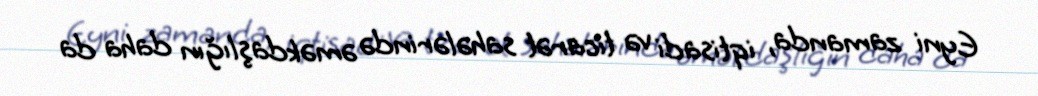
Eyni zamanda, iqtisadi və ticarət sahələrində əməkdaşlığın daha da